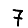
Digit: 7